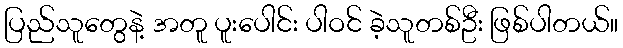
ပြည်သူတွေနဲ့ အတူ ပူးပေါင်း ပါဝင် ခဲ့သူတစ်ဦး ဖြစ်ပါတယ်။